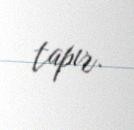
tapır.